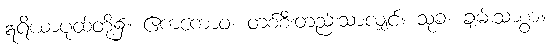
ဣရိယာပုထ်တို့၌။ ဧကကောဝ၊ တစ်စီးတည်းသာလျှင်။ သုခံ၊ ချမ်းသာစွာ။